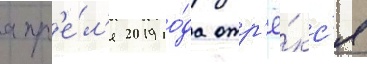
апр'е́л'я 2019 го́да отр'ё́кс'я